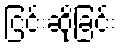
ငြင်းဆိုခြင်း